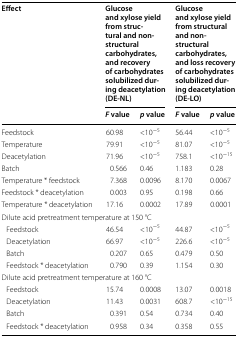
<table><thead><tr><td rowspan="2"><b>Effect</b></td><td colspan="2"><b>Glucose and xylose yield from structural and non-structural carbohydrates, and recovery of carbohydrates solubilized during deacetylation (DE-NL)</b></td><td colspan="2"><b>Glucose and xylose yield from structural and non-structural carbohydrates, and loss recovery of carbohydrates solubilized during deacetylation (DE-LO)</b></td></tr><tr><td><b><i>F</i> value</b></td><td><b><i>p</i> value</b></td><td><b><i>F</i> value</b></td><td><b><i>p</i> value</b></td></tr></thead><tbody><tr><td>Feedstock</td><td>60.98</td><td>&lt;10<sup>−5</sup></td><td>56.44</td><td>&lt;10<sup>−5</sup></td></tr><tr><td>Temperature</td><td>79.91</td><td>&lt;10<sup>−5</sup></td><td>81.07</td><td>&lt;10<sup>−5</sup></td></tr><tr><td>Deacetylation</td><td>71.96</td><td>&lt;10<sup>−5</sup></td><td>758.1</td><td>&lt;10<sup>−15</sup></td></tr><tr><td>Batch</td><td>0.566</td><td>0.46</td><td>1.183</td><td>0.28</td></tr><tr><td>Temperature * feedstock</td><td>7.368</td><td>0.0096</td><td>8.170</td><td>0.0067</td></tr><tr><td>Feedstock * deacetylation</td><td>0.003</td><td>0.95</td><td>0.198</td><td>0.66</td></tr><tr><td>Temperature * deacetylation</td><td>17.16</td><td>0.0002</td><td>17.89</td><td>0.0001</td></tr><tr><td colspan="5">Dilute acid pretreatment temperature at 150 °C</td></tr><tr><td> Feedstock</td><td>46.54</td><td>&lt;10<sup>−5</sup></td><td>44.87</td><td>&lt;10<sup>−5</sup></td></tr><tr><td> Deacetylation</td><td>66.97</td><td>&lt;10<sup>−5</sup></td><td>226.6</td><td>&lt;10<sup>−5</sup></td></tr><tr><td> Batch</td><td>0.207</td><td>0.65</td><td>0.479</td><td>0.50</td></tr><tr><td> Feedstock * deacetylation</td><td>0.790</td><td>0.39</td><td>1.154</td><td>0.30</td></tr><tr><td colspan="5">Dilute acid pretreatment temperature at 160 °C</td></tr><tr><td> Feedstock</td><td>15.74</td><td>0.0008</td><td>13.07</td><td>0.0018</td></tr><tr><td> Deacetylation</td><td>11.43</td><td>0.0031</td><td>608.7</td><td>&lt;10<sup>−15</sup></td></tr><tr><td> Batch</td><td>0.391</td><td>0.54</td><td>0.734</td><td>0.40</td></tr><tr><td> Feedstock * deacetylation</td><td>0.958</td><td>0.34</td><td>0.358</td><td>0.55</td></tr></tbody></table>